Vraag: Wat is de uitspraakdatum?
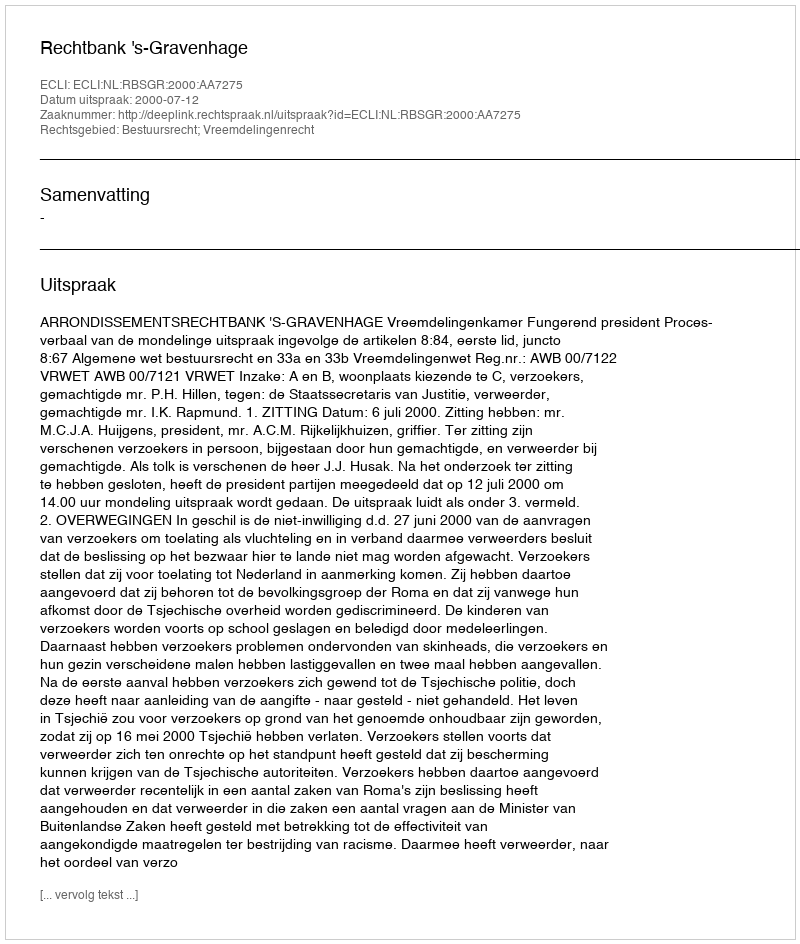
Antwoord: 2000-07-12